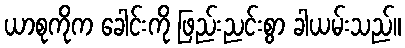
ယာစုကိုက ခေါင်းကို ဖြည်းညင်းစွာ ခါယမ်းသည်။